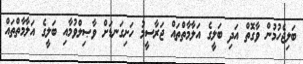
ބަލިޖެހުމުން ވާގޮތް އަދި ބަލީގެ އަލާމާތްތައް ޖަރާސީމު ހަށިގަނޑަށް ވާޞިލްވުމާއި ބަލީގެ އަލާމާތްތައް